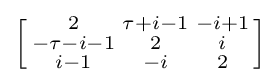
\left[{\begin{smallmatrix}2&\tau +i-1&-i+1\\-\tau -i-1&2&i\\i-1&-i&2\end{smallmatrix}}\right]